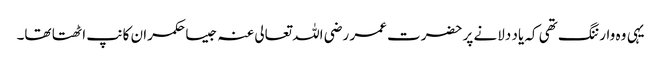
یہی وہ وارننگ تھی کہ یاد دلانے پر حضرت عمر رضی اللہ تعالی عنہ جیسا حکمران کانپ اٹھتا تھا۔